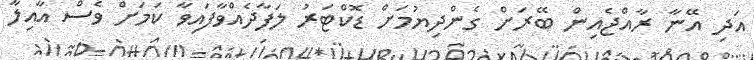
އަދި އޭނާ ރާއްޖެއިން ބޭރަށް ގެންދިޔުމަށް ޑޮކްޓަރު ލަފާދެއްވާފައިވާ ކަމަށް ވެސް އާއިލާ